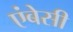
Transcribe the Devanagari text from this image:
एंबेसी